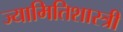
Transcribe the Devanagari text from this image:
ज्यामितिशास्त्री